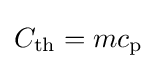
C_{\mathrm {th} }=mc_{\mathrm {p} }